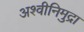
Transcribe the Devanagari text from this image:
अश्वीनिमुद्रा